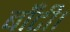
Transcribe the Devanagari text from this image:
बाँटी।